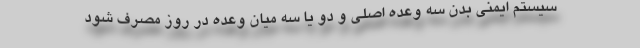
سیستم ایمنی بدن سه وعده اصلی و دو یا سه میان وعده در روز مصرف شود